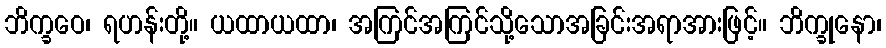
ဘိက္ခဝေ၊ ရဟန်းတို့။ ယထာယထာ၊ အကြင်အကြင်သို့သောအခြင်းအရာအားဖြင့်။ ဘိက္ခုနော၊